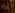
مزاد